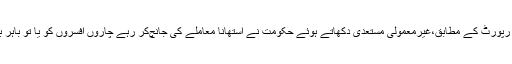
دی وائر کی ایک رپورٹ کے مطابق،غیرمعمولی مستعدی دکھاتے ہوئے حکومت نے استھانا معاملے کی جانچ‌کر رہے چاروں افسروں کو یا تو باہر بھیج دیا یا بدل دیا۔